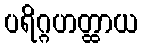
ပရိဂ္ဂဟတ္ထာယ